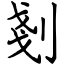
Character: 剗